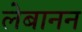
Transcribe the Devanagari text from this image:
लेबानन